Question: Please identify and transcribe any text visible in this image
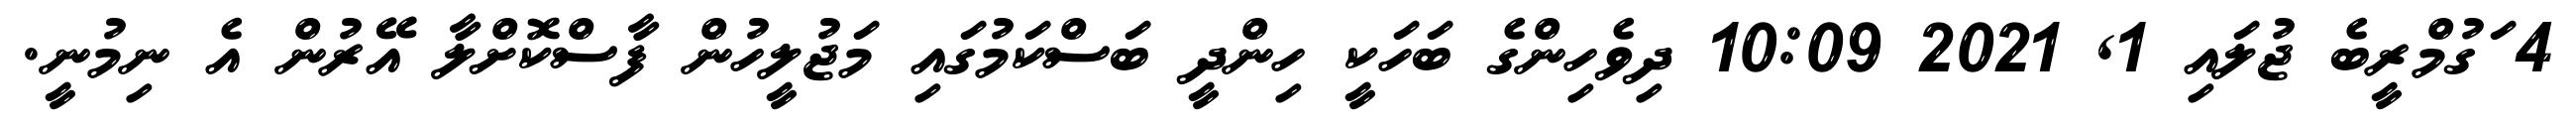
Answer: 4 ަގުމްރީބެ ޖުލައި 1, 2021 10:09 ދިވެހިންގެ ބަހަކީ ހިންދީ ބަސްކަމުގައި މަޖުލީހުން ފާސްކޮށްލާ އޭރުން އެ ނިމުނީ.